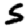
Digit: 5